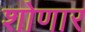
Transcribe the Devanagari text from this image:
शोणार